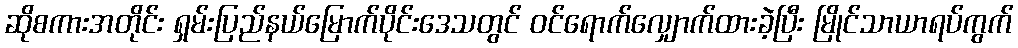
ဆိုစကားအတိုင်း ရှမ်းပြည်နယ်မြောက်ပိုင်းဒေသတွင် ဝင်ရောက်လျှောက်ထားခဲ့ပြီး မြိုင်သာယာရပ်ကွက်